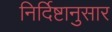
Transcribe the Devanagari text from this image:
निर्दिष्टानुसार